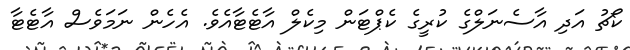
ކޯޗު އަދި އާސެނަލްގެ ކުރީގެ ކެޕްޓަން މިކެލް އާޓެޓާއެވެ. އެހެން ނަމަވެސް އާޓެޓާ